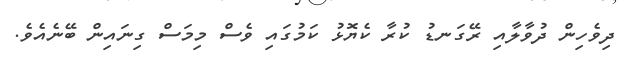
ދިވެހިން ދުވާލާއި ރޭގަނޑު ކުރާ ކެޔޮޅު ކަމުގައި ވެސް މިމަސް ގިނައިން ބޭނެއެވެ.